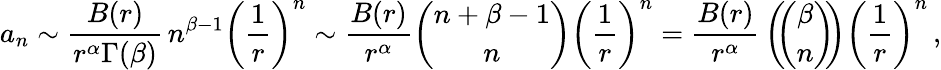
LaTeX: a_{n}\sim{\frac{B(r)}{r^{\alpha}\Gamma(\beta)}}\, n^{\beta-1}\left({\frac{1}{r}}\right)^{n}\sim{\frac{B(r)}{r^{\alpha}}}{\binom{n+\beta-1}{n}}\left({\frac{1}{r}}\right)^{n}={\frac{B(r)}{r^{\alpha}}}\left(\! \! {\binom{\beta}{n}}\! \! \right)\left({\frac{1}{r}}\right)^{n}\, ,